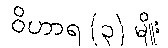
ဝိဟာရ (၃) မျိုး